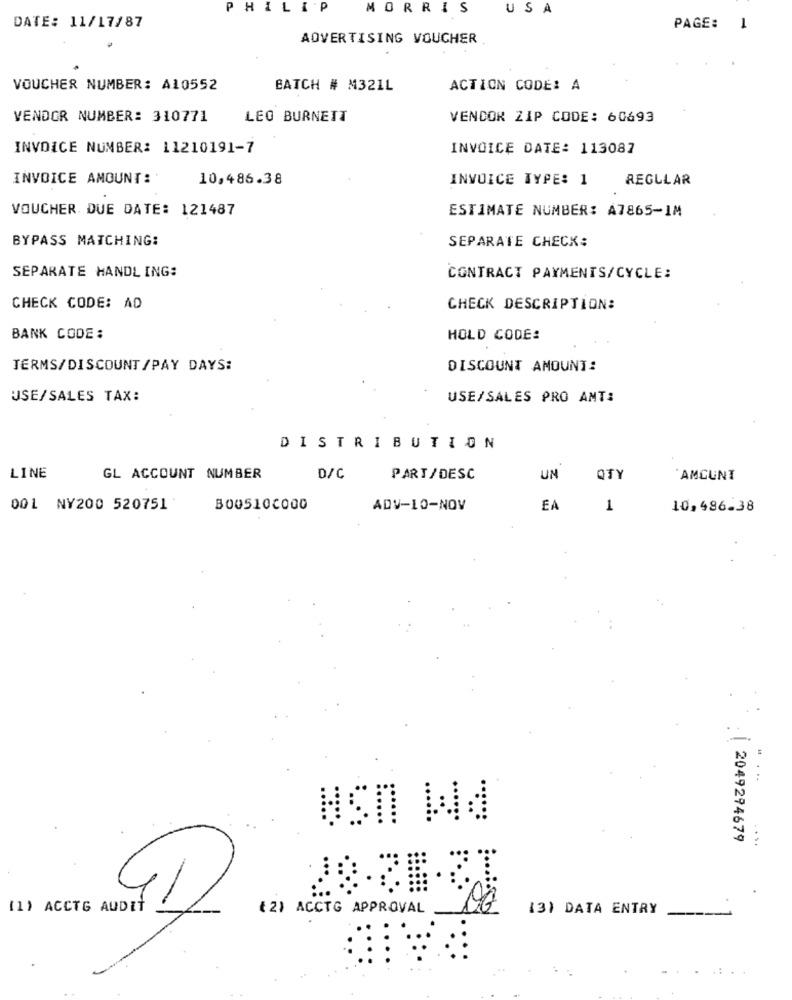
PHILIP
MORRIS
USA
DATE: 11/17/87
PAGE: 1
ADVERTISING VOUCHER
VOUCHER NUMBER: A10552
BATCH # M321L
ACTION CODE: A
VENDOR NUMBER: 310771
LEO BURNETT
VENDOR ZIP CODE: 60693
INVOICE NUMBER: 11210191-7
INVOICE DATE: 113087
INVOICE AMOUNT:
10,486.38
INVOICE TYPE: 1
REGULAR
VOUCHER DUE DATE: 121487
ESTIMATE NUMBER: A7865-1M
BYPASS MATCHING:
SEPARATE CHECK:
SEPARATE HANDLING:
CONTRACT PAYMENTS/CYCLE:
CHECK CODE: AD
CHECK DESCRIPTION:
BANK CODE:
HOLD CODE:
TERMS/DISCOUNT/PAY DAYS:
DISCOUNT AMOUNT:
USE/SALES TAX:
USE/SALES PRO ANT:
DISTRIBUTION
LINE
GL ACCOUNT NUMBER
D/C
PART/DESC
UN
QTY
AMCUNT
001 NY200 520751
B00510C000
ADV-10-NOV
EA
1
10,486-38
...
....
2049294679
....
(1) ACCTG AUDIT
41
( 2) ACCTG APPROVAL
(3) DATA ENTRY